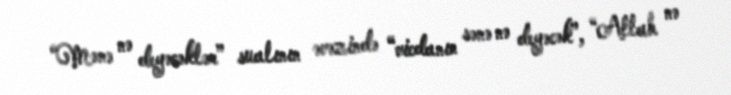
“Mənə nə deyəcəklər” sualının əvəzində “vicdanın sənə nə deyəcək”, “Allah nə